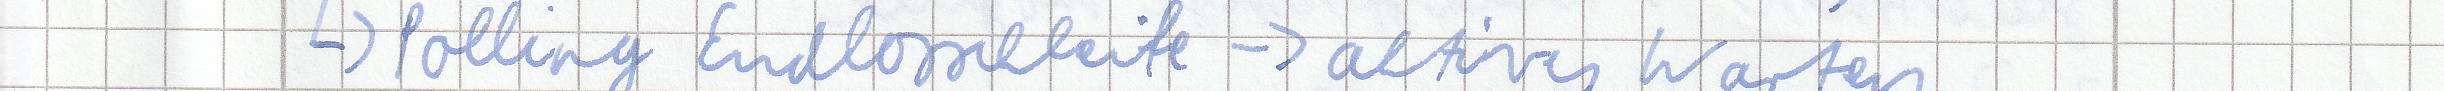
-> Polling Endlosschleife -> aktives Warten